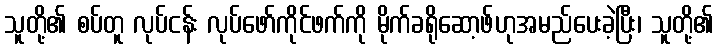
သူတို့၏ စပ်တူ လုပ်ငန်း လုပ်ဖော်ကိုင်ဖက်ကို မိုက်ခရိုဆော့ဖ်ဟုအမည်ပေးခဲ့ပြီး၊ သူတို့၏